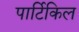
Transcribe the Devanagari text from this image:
पार्टिकिल